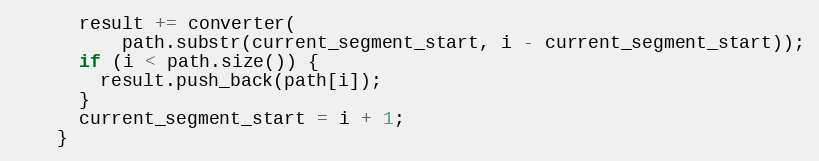
Language: C++
      result += converter(
          path.substr(current_segment_start, i - current_segment_start));
      if (i < path.size()) {
        result.push_back(path[i]);
      }
      current_segment_start = i + 1;
    }